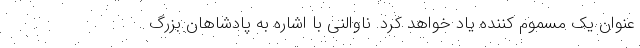
عنوان یک مسموم کننده یاد خواهد کرد. ناوالنی با اشاره به پادشاهان بزرگ